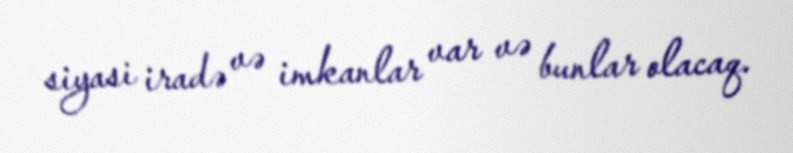
siyasi iradə və imkanlar var və bunlar olacaq.